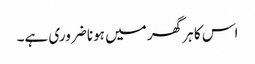
اس کا ہر گھر میں ہونا ضروری ہے۔